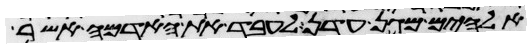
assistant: אלהים מגן עדן לעבד את האדמה אשר